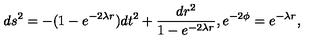
d s ^ { 2 } = - ( 1 - e ^ { - 2 \lambda r } ) d t ^ { 2 } + \frac { d r ^ { 2 } } { 1 - e ^ { - 2 \lambda r } } , e ^ { - 2 \phi } = e ^ { - \lambda r } ,